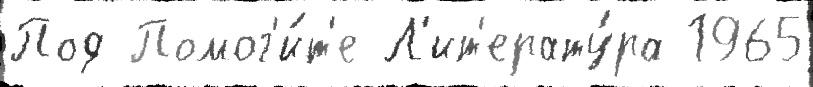
Под Помог'и́т'е Л'ит'ерату́ра 1965